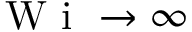
\mathrm { ~ W ~ i ~ } \rightarrow \infty